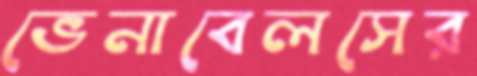
ভেনাবেলসের